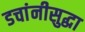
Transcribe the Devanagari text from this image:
डचांनीसुद्धा